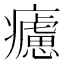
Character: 𤻱